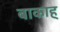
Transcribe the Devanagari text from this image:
बाकाह्